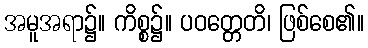
အမူအရာ၌။ ကိစ္စ၌။ ပဝတ္တေတိ၊ ဖြစ်စေ၏။